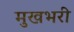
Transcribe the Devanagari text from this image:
मुखभरी